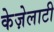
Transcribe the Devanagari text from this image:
केज़ेलाटी